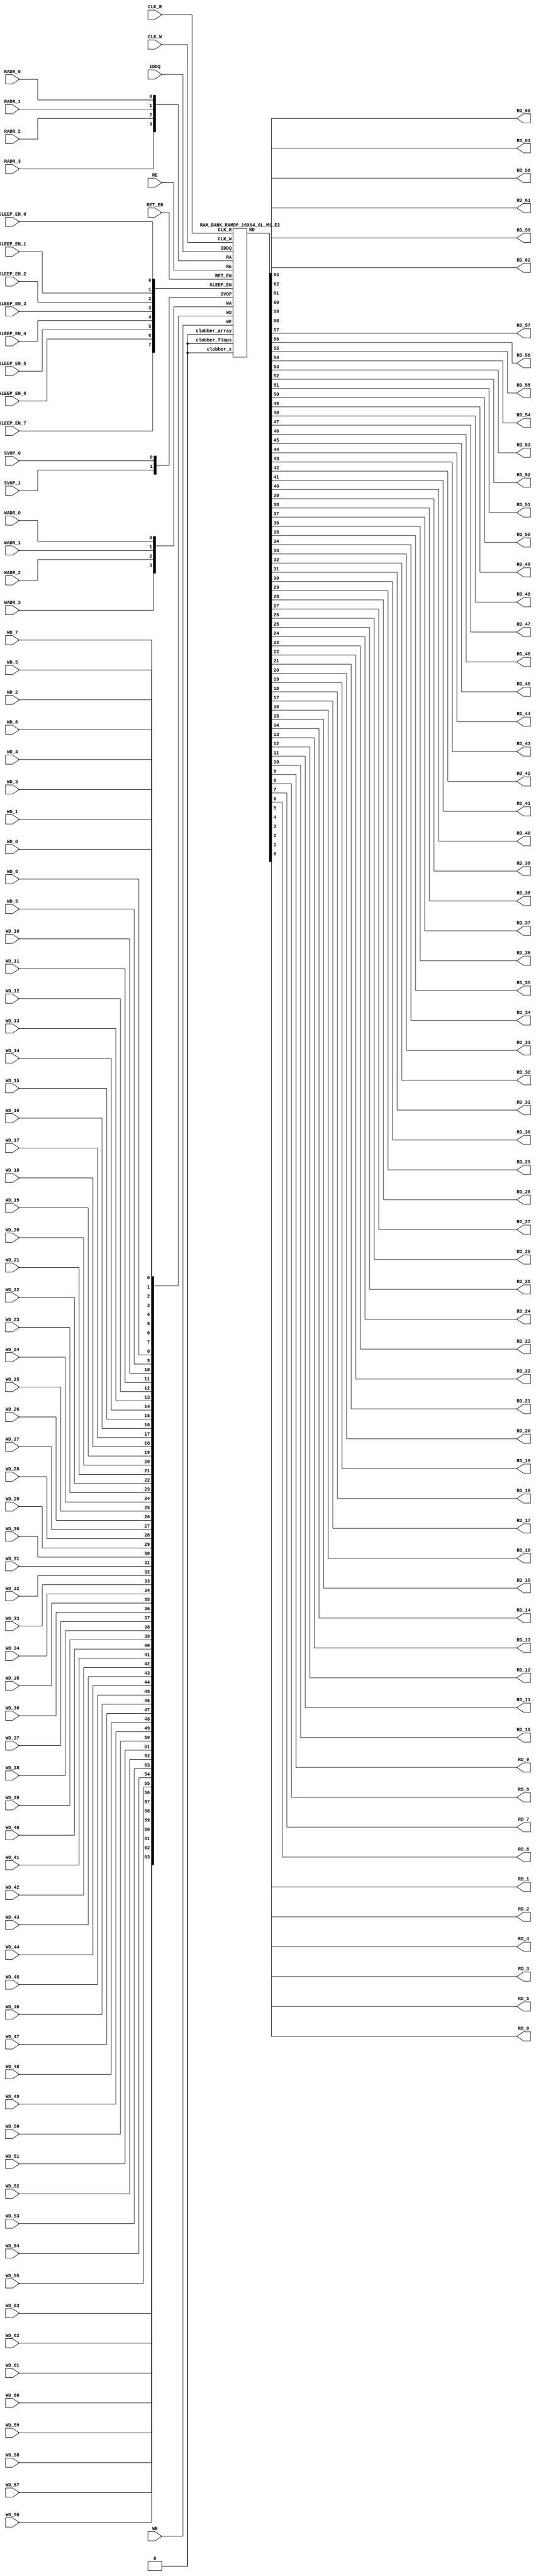
// ================================================================
// NVDLA Open Source Project
// 
// Copyright(c) 2016 - 2017 NVIDIA Corporation.  Licensed under the
// NVDLA Open Hardware License; Check "LICENSE" which comes with 
// this distribution for more information.
// ================================================================


`timescale 10ps/1ps
`celldefine
module RAMDP_16X64_GL_M1_E2 (CLK_R, CLK_W, RE, WE
	, RADR_3, RADR_2, RADR_1, RADR_0
    , WADR_3, WADR_2, WADR_1, WADR_0
	, WD_63, WD_62, WD_61, WD_60, WD_59, WD_58, WD_57, WD_56, WD_55, WD_54, WD_53, WD_52, WD_51, WD_50, WD_49, WD_48, WD_47, WD_46, WD_45, WD_44, WD_43, WD_42, WD_41, WD_40, WD_39, WD_38, WD_37, WD_36, WD_35, WD_34, WD_33, WD_32, WD_31, WD_30, WD_29, WD_28, WD_27, WD_26, WD_25, WD_24, WD_23, WD_22, WD_21, WD_20, WD_19, WD_18, WD_17, WD_16, WD_15, WD_14, WD_13, WD_12, WD_11, WD_10, WD_9, WD_8, WD_7, WD_6, WD_5, WD_4, WD_3, WD_2, WD_1, WD_0
	, RD_63, RD_62, RD_61, RD_60, RD_59, RD_58, RD_57, RD_56, RD_55, RD_54, RD_53, RD_52, RD_51, RD_50, RD_49, RD_48, RD_47, RD_46, RD_45, RD_44, RD_43, RD_42, RD_41, RD_40, RD_39, RD_38, RD_37, RD_36, RD_35, RD_34, RD_33, RD_32, RD_31, RD_30, RD_29, RD_28, RD_27, RD_26, RD_25, RD_24, RD_23, RD_22, RD_21, RD_20, RD_19, RD_18, RD_17, RD_16, RD_15, RD_14, RD_13, RD_12, RD_11, RD_10, RD_9, RD_8, RD_7, RD_6, RD_5, RD_4, RD_3, RD_2, RD_1, RD_0
    
    , IDDQ
	, SVOP_1, SVOP_0
    , SLEEP_EN_7, SLEEP_EN_6, SLEEP_EN_5, SLEEP_EN_4, SLEEP_EN_3, SLEEP_EN_2, SLEEP_EN_1, SLEEP_EN_0, RET_EN
    
);

// nvProps NoBus SLEEP_EN_

`ifndef RAM_INTERFACE
`ifndef EMULATION
`ifndef SYNTHESIS
// Physical ram size defined as localparam
localparam phy_rows = 16;
localparam phy_cols = 64;
localparam phy_rcols_pos = 64'b0;
`endif //ndef SYNTHESIS
`endif //EMULATION
`endif //ndef RAM_INTERFACE

input CLK_R, CLK_W, RE, WE
	, RADR_3, RADR_2, RADR_1, RADR_0
    , WADR_3, WADR_2, WADR_1, WADR_0
	, WD_63, WD_62, WD_61, WD_60, WD_59, WD_58, WD_57, WD_56, WD_55, WD_54, WD_53, WD_52, WD_51, WD_50, WD_49, WD_48, WD_47, WD_46, WD_45, WD_44, WD_43, WD_42, WD_41, WD_40, WD_39, WD_38, WD_37, WD_36, WD_35, WD_34, WD_33, WD_32, WD_31, WD_30, WD_29, WD_28, WD_27, WD_26, WD_25, WD_24, WD_23, WD_22, WD_21, WD_20, WD_19, WD_18, WD_17, WD_16, WD_15, WD_14, WD_13, WD_12, WD_11, WD_10, WD_9, WD_8, WD_7, WD_6, WD_5, WD_4, WD_3, WD_2, WD_1, WD_0
    
    , SLEEP_EN_7, SLEEP_EN_6, SLEEP_EN_5, SLEEP_EN_4, SLEEP_EN_3, SLEEP_EN_2, SLEEP_EN_1, SLEEP_EN_0, RET_EN
    , IDDQ
    
	, SVOP_1, SVOP_0;
output RD_63, RD_62, RD_61, RD_60, RD_59, RD_58, RD_57, RD_56, RD_55, RD_54, RD_53, RD_52, RD_51, RD_50, RD_49, RD_48, RD_47, RD_46, RD_45, RD_44, RD_43, RD_42, RD_41, RD_40, RD_39, RD_38, RD_37, RD_36, RD_35, RD_34, RD_33, RD_32, RD_31, RD_30, RD_29, RD_28, RD_27, RD_26, RD_25, RD_24, RD_23, RD_22, RD_21, RD_20, RD_19, RD_18, RD_17, RD_16, RD_15, RD_14, RD_13, RD_12, RD_11, RD_10, RD_9, RD_8, RD_7, RD_6, RD_5, RD_4, RD_3, RD_2, RD_1, RD_0;

	
`ifndef RAM_INTERFACE
	//assemble & rename wires
	wire [3:0] RA = {RADR_3, RADR_2, RADR_1, RADR_0};
	wire [3:0] WA = {WADR_3, WADR_2, WADR_1, WADR_0};
	wire [63:0] WD = {WD_63, WD_62, WD_61, WD_60, WD_59, WD_58, WD_57, WD_56, WD_55, WD_54, WD_53, WD_52, WD_51, WD_50, WD_49, WD_48, WD_47, WD_46, WD_45, WD_44, WD_43, WD_42, WD_41, WD_40, WD_39, WD_38, WD_37, WD_36, WD_35, WD_34, WD_33, WD_32, WD_31, WD_30, WD_29, WD_28, WD_27, WD_26, WD_25, WD_24, WD_23, WD_22, WD_21, WD_20, WD_19, WD_18, WD_17, WD_16, WD_15, WD_14, WD_13, WD_12, WD_11, WD_10, WD_9, WD_8, WD_7, WD_6, WD_5, WD_4, WD_3, WD_2, WD_1, WD_0};

	wire [63:0] RD;
	assign {RD_63, RD_62, RD_61, RD_60, RD_59, RD_58, RD_57, RD_56, RD_55, RD_54, RD_53, RD_52, RD_51, RD_50, RD_49, RD_48, RD_47, RD_46, RD_45, RD_44, RD_43, RD_42, RD_41, RD_40, RD_39, RD_38, RD_37, RD_36, RD_35, RD_34, RD_33, RD_32, RD_31, RD_30, RD_29, RD_28, RD_27, RD_26, RD_25, RD_24, RD_23, RD_22, RD_21, RD_20, RD_19, RD_18, RD_17, RD_16, RD_15, RD_14, RD_13, RD_12, RD_11, RD_10, RD_9, RD_8, RD_7, RD_6, RD_5, RD_4, RD_3, RD_2, RD_1, RD_0} = RD;
	wire [1:0] SVOP = {SVOP_1, SVOP_0};
    wire [7:0] SLEEP_EN = {SLEEP_EN_7, SLEEP_EN_6, SLEEP_EN_5, SLEEP_EN_4, SLEEP_EN_3, SLEEP_EN_2, SLEEP_EN_1, SLEEP_EN_0};
    

`ifndef EMULATION
`ifndef SYNTHESIS

    //State point clobering signals:
    wire check_x = (SVOP_0 ^ SVOP_1);
    wire clobber_x;
    assign clobber_x = ((check_x === 1'bx) || (check_x === 1'bz)) ? 1'b1 : 1'b0;
    wire clobber_array = ((|SLEEP_EN) & ~RET_EN) | clobber_x;
    wire clobber_flops = (|SLEEP_EN) | clobber_x;
    integer i;
    always  @(clobber_array) begin
      if (clobber_array) begin
    		for (i=0; i<16; i=i+1) begin
    		    ITOP.io.array[i] <= 64'bx;
    		end
      end
    end

//VCS coverage off     
    always  @(clobber_flops) begin
        if (clobber_flops) begin
        ITOP.we_lat <= 1'bx;
        ITOP.wa_lat <= 4'bx;
        ITOP.wd_lat <= 64'bx;
        
        ITOP.re_lat <= 1'bx;
        ITOP.ra_lat <= 4'bx;
        ITOP.io.r0_dout_tmp <= 64'b0;
        end
    end
//VCS coverage on    

//VCS coverage off
`ifdef NV_RAM_ASSERT
    //first reset signal for nv_assert_module:
    reg sim_reset;                                                     
    initial begin: init_sim_reset
        sim_reset = 0;  
        #6 sim_reset = 1;
    end

    reg rst_clk;                                                     
    initial begin: init_rst_clk
        rst_clk = 0; 
        #2 rst_clk = 1; 
        #4 rst_clk = 0;  
    end

    //internal weclk|reclk gating signal:
    wire weclk_gating = ITOP.we_lat & ~IDDQ;
    wire reclk_gating = ITOP.re_lat & ~IDDQ;

  //Assertion checks for power sequence of G-option RAMDP:

    //weclk_gating after 2 clk
    reg weclk_gating_1p, weclk_gating_2p;
    always @(posedge CLK_W) begin
        weclk_gating_1p <= weclk_gating;
        weclk_gating_2p <= weclk_gating_1p;
    end

    //reclk_gating after 2 clk
    reg reclk_gating_1p, reclk_gating_2p;
    always @(posedge CLK_R) begin
        reclk_gating_1p <= reclk_gating;
        reclk_gating_2p <= reclk_gating_1p;
    end
    
    //RET_EN off after 2 CLK_W
    reg ret_en_w_1p, ret_en_w_2p;
    always @(posedge CLK_W or posedge RET_EN) begin
        if(RET_EN) 
            begin
                ret_en_w_1p <= 1'b1;
                ret_en_w_2p <= 1'b1;
            end
        else
            begin
                ret_en_w_1p <= RET_EN;
                ret_en_w_2p <= ret_en_w_1p;
            end
    end

    //RET_EN off after 2 CLK_R
    reg ret_en_r_1p, ret_en_r_2p;
    always @(posedge CLK_R or posedge RET_EN) begin
        if(RET_EN) 
            begin
                ret_en_r_1p <= 1'b1;
                ret_en_r_2p <= 1'b1;
            end
        else
            begin
                ret_en_r_1p <= RET_EN;
                ret_en_r_2p <= ret_en_r_1p;
            end
    end

    wire sleep_en_or = (|SLEEP_EN) ;
    //SLEEP_EN off after 2 CLK_W
    reg sleep_en_off_w_1p, sleep_en_off_w_2p;
    always @(posedge CLK_W or posedge sleep_en_or) begin
        if(sleep_en_or)
            begin
                sleep_en_off_w_1p <= 1'b1;
                sleep_en_off_w_2p <= 1'b1;
            end
        else
            begin
                sleep_en_off_w_1p <= sleep_en_or;
                sleep_en_off_w_2p <= sleep_en_off_w_1p;
            end            
    end

    //SLEEP_EN off after 2 CLK_R
    reg sleep_en_off_r_1p, sleep_en_off_r_2p;
    always @(posedge CLK_R or posedge sleep_en_or) begin
        if(sleep_en_or)
            begin
                sleep_en_off_r_1p <= 1'b1;
                sleep_en_off_r_2p <= 1'b1;
            end
        else
            begin
                sleep_en_off_r_1p <= |sleep_en_or;
                sleep_en_off_r_2p <= sleep_en_off_r_1p;
            end            
    end    


  //#1 From function mode to retention mode:
    
    //Power-S1.1:illegal assert RET_EN after asserting SLEEP_EN 
    wire disable_power_assertion_S1P1 = $test$plusargs("disable_power_assertions_globally") | $test$plusargs("disable_power_assertion_assert_RET_EN_after_SLEEP_EN_on_when_function2retention");
    nv_assert_never #(0,0, "Power-S1.1:illegal assert RET_EN after asserting SLEEP_EN") inst_S1P1 (RET_EN ^ rst_clk, ~disable_power_assertion_S1P1 & sim_reset, (|SLEEP_EN));

    //Power-S1.2:illegal assert RET_EN without 2 nop-CLK
    wire disable_power_assertion_S1P2 = $test$plusargs("disable_power_assertions_globally") | $test$plusargs("disable_power_assertion_assert_RET_EN_without_2_nop_CLK");
    nv_assert_never #(0,0, "Power-S1.2:illegal assert RET_EN without 2 nop-CLK") inst_S1P2 (RET_EN ^ rst_clk, ~disable_power_assertion_S1P2 & sim_reset, weclk_gating | weclk_gating_1p | weclk_gating_2p | reclk_gating | reclk_gating_1p | reclk_gating_2p);

  //#2 From retention mode to function mode:

    //Power-S2.1:illegal write without 2 nop-CLK after de-asserting RET_EN
    wire disable_power_assertion_S2P1 = $test$plusargs("disable_power_assertions_globally") | $test$plusargs("disable_power_assertion_write_without_2_nop_CLK_after_retention2function");
    nv_assert_never #(0,0, "Power-S2.1:illegal write without 2 nop-CLK after de-asserting RET_EN") inst_S2P1 (CLK_W ^ rst_clk, ~disable_power_assertion_S2P1 & sim_reset, ~RET_EN & ret_en_w_2p & weclk_gating);

    //Power-S2.2:illegal read without 2 nop-CLK after de-asserting RET_EN
    wire disable_power_assertion_S2P2 = $test$plusargs("disable_power_assertions_globally") | $test$plusargs("disable_power_assertion_read_without_2_nop_CLK_after_retention2function");
    nv_assert_never #(0,0, "Power-S2.2:illegal read without 2 nop-CLK after de-asserting RET_EN") inst_S2P2 (CLK_R ^ rst_clk, ~disable_power_assertion_S2P2 & sim_reset, ~RET_EN & ret_en_r_2p & reclk_gating);

  //#3 From function mode to sleep mode:

    //Power-S3.2:illegal assert SLEEP_EN without 2 nop-CLK
    wire disable_power_assertion_S3P2 = $test$plusargs("disable_power_assertions_globally") | $test$plusargs("disable_power_assertion_assert_SLEEP_EN_without_2_nop_CLK");
    nv_assert_never #(0,0, "Power-S3.2:illegal assert SLEEP_EN without 2 nop-CLK") inst_S3P2 ((|SLEEP_EN) ^ rst_clk, ~disable_power_assertion_S3P2 & sim_reset, weclk_gating | weclk_gating_1p | weclk_gating_2p | reclk_gating | reclk_gating_1p | reclk_gating_2p);

  //#4 From sleep mode to function mode:

    //Power-S4.1:illegal write without 2 nop-CLK after switching from sleep mode to function mode
    wire disable_power_assertion_S4P1 = $test$plusargs("disable_power_assertions_globally") | $test$plusargs("disable_power_assertion_write_without_2_nop_CLK_after_sleep2function");
    nv_assert_never #(0,0, "Power-S4.1:illegal write without 2 nop-CLK after switching from sleep mode to function mode") inst_S4P1 (CLK_W ^ rst_clk, ~disable_power_assertion_S4P1 & sim_reset, ~(|SLEEP_EN) & sleep_en_off_w_2p & weclk_gating);
   
    //Power-S4.2:illegal read without 2 nop-CLK after switching from sleep mode to function mode
    wire disable_power_assertion_S4P2 = $test$plusargs("disable_power_assertions_globally") | $test$plusargs("disable_power_assertion_read_without_2_nop_after_sleep2function");
    nv_assert_never #(0,0, "Power-S4.2:illegal read without 2 nop-CLK after switching from sleep mode to function mode") inst_S4P2 (CLK_R ^ rst_clk, ~disable_power_assertion_S4P2 & sim_reset, ~(|SLEEP_EN) & sleep_en_off_r_2p & reclk_gating);
`endif //NV_RAM_ASSERT
//VCS coverage on 

`ifdef NV_RAM_EXPAND_ARRAY
  wire [64-1:0] Q_15 = ITOP.io.array[15];
  wire [64-1:0] Q_14 = ITOP.io.array[14];
  wire [64-1:0] Q_13 = ITOP.io.array[13];
  wire [64-1:0] Q_12 = ITOP.io.array[12];
  wire [64-1:0] Q_11 = ITOP.io.array[11];
  wire [64-1:0] Q_10 = ITOP.io.array[10];
  wire [64-1:0] Q_9 = ITOP.io.array[9];
  wire [64-1:0] Q_8 = ITOP.io.array[8];
  wire [64-1:0] Q_7 = ITOP.io.array[7];
  wire [64-1:0] Q_6 = ITOP.io.array[6];
  wire [64-1:0] Q_5 = ITOP.io.array[5];
  wire [64-1:0] Q_4 = ITOP.io.array[4];
  wire [64-1:0] Q_3 = ITOP.io.array[3];
  wire [64-1:0] Q_2 = ITOP.io.array[2];
  wire [64-1:0] Q_1 = ITOP.io.array[1];
  wire [64-1:0] Q_0 = ITOP.io.array[0];

`endif //def NV_RAM_EXPAND_ARRAY

//VCS coverage off
`ifdef MONITOR
task monitor_on;
    begin
        ITOP.io.monitor_on = 1'b1;
    end
endtask

task monitor_off;
    begin
        ITOP.io.monitor_on = 1'b0;
        ITOP.io.dump_monitor_result = 1'b1;
    end
endtask
`endif//def MONITOR
//VCS coverage on

//VCS coverage off
task mem_fill_value;
input fill_bit;
integer i;
begin
    for (i=0; i<16; i=i+1) begin
    	ITOP.io.array[i] = {64{fill_bit}};
    end
end
endtask 

task mem_fill_random; 
integer i;
integer j;
reg [63:0] val;
begin
    for (j=0; j<16; j=j+1) begin
        for (i=0; i<64; i=i+1) begin
            val[i] = {$random}; 
        end
	    ITOP.io.array[j] = val;
    end
end
endtask

task mem_write;
  input [3:0] addr;
  input [63:0] data;
  begin
     ITOP.io.mem_wr_raw(addr,data);
  end
endtask

function [63:0] mem_read;
  input [3:0] addr;
  begin
	mem_read = ITOP.io.mem_read_raw(addr);
  end
endfunction

task force_rd;
  input [3:0] addr;
  begin
	ITOP.io.r0_dout_tmp = ITOP.io.array[addr];
  end
endtask

`ifdef MEM_PHYS_INFO
task mem_phys_write;
  input [3:0] addr;
  input [63:0] data;
  begin
     ITOP.io.mem_wr_raw(addr,data);
  end
endtask

function [63:0] mem_phys_read_padr;
  input [3:0] addr;
  begin
	mem_phys_read_padr = ITOP.io.mem_read_raw(addr);
  end
endfunction

function [3:0] mem_log_to_phys_adr;
    input [3:0] addr;
    begin
    mem_log_to_phys_adr = addr;
    end
endfunction

function [63:0] mem_phys_read_pmasked;
  input [3:0] addr;
  begin
	mem_phys_read_pmasked = ITOP.io.mem_read_raw(addr);
  end
endfunction

function [63:0] mem_phys_read_ladr;
  input [3:0] addr;
  begin
	mem_phys_read_ladr = mem_phys_read_padr(mem_log_to_phys_adr(addr));
  end
endfunction
`endif //def MEM_PHYS_INFO

`ifdef FAULT_INJECTION
task mem_fault_no_write;
  input [63:0] fault_mask;
   begin
    ITOP.io.mem_fault_no_write(fault_mask);
  end
endtask

task mem_fault_stuck_0;
  input [63:0] fault_mask;
  integer i;
   begin
    ITOP.io.mem_fault_stuck_0(fault_mask);
   end
endtask

task mem_fault_stuck_1;
  input [63:0] fault_mask;
  integer i;
   begin
    ITOP.io.mem_fault_stuck_1(fault_mask);
  end
endtask

task set_bit_fault_stuck_0;
  input r;
  input c;
  integer r;
  integer c;
    ITOP.io.set_bit_fault_stuck_0(r,c);
endtask

task set_bit_fault_stuck_1;
  input r;
  input c;
  integer r;
  integer c;
    ITOP.io.set_bit_fault_stuck_1(r,c);
endtask

task clear_bit_fault_stuck_0;
  input r;
  input c;
  integer r;
  integer c;
    ITOP.io.clear_bit_fault_stuck_0(r,c);
endtask

task clear_bit_fault_stuck_1;
  input r;
  input c;
  integer r;
  integer c;
    ITOP.io.clear_bit_fault_stuck_1(r,c);
endtask
//VCS coverage on

`endif //def FAULT_INJECTION
`else //def SYNTHESIS
    
    wire clobber_x;
    assign clobber_x = 1'b0;
    wire clobber_array = 1'b0;
    wire clobber_flops = 1'b0;

`endif //ndef SYNTHESIS

	//instantiate memory bank
	RAM_BANK_RAMDP_16X64_GL_M1_E2 ITOP (
		.RE(RE), 
		.WE(WE), 
		.RA(RA),  
		.WA(WA), 
		.CLK_R(CLK_R), 
		.CLK_W(CLK_W), 
		.IDDQ(IDDQ), 
		.SVOP(SVOP), 
		.WD(WD), 
		.RD(RD),
		
		.SLEEP_EN(SLEEP_EN),
        .RET_EN(RET_EN),
        .clobber_flops(clobber_flops), 
        .clobber_array(clobber_array),
        .clobber_x(clobber_x)     	
	);

//VCS coverage off
`else //def EMULATION
    // Simple emulation model without MBIST, SCAN or REDUNDANCY
    	//common part for write
    	reg we_ff;
        reg [3:0] wa_ff;
        reg [63:0] wd_ff; 
    	always @(posedge CLK_W) begin // spyglass disable W391
                we_ff  <= WE;
                wa_ff <= WA;
                wd_ff <= WD;
    	end
    	   
        

    	//common part for read
    	reg re_lat;
        always @(*) begin
    		if (!CLK_R) begin
                re_lat  <= RE; // spyglass disable W18
    		end
    	end
    	
    	wire reclk = CLK_R & re_lat;
    
    	reg [3:0] ra_ff;
    	always @(posedge CLK_R) begin // spyglass disable W391
    			ra_ff <= RA;
    	end

        reg [63:0] dout; 

        assign RD = dout;
    
 	    //memory array       
	    reg [63:0] array[0:15]; 
	    always @(negedge CLK_W ) begin
            if (we_ff) begin
	    		array[wa_ff] <= wd_ff; // spyglass disable SYNTH_5130
            end
	    end
	    always @(*) begin
	    	if (reclk) begin
	    		dout <= array[ra_ff]; // spyglass disable SYNTH_5130, W18
	    	end
	    end
    // End of the simple emulation model
`endif //def EMULATION
//VCS coverage on

`endif //ndef RAM_INTERFACE
endmodule
`endcelldefine






/////////////////////////////////////////////////////////////////////////////////////////////////////////////////////////////////
/////////////////////////////// memory bank block : defines internal logic of the RAMDP /////////////////////////////////////////
/////////////////////////////////////////////////////////////////////////////////////////////////////////////////////////////////

`ifndef RAM_INTERFACE
`ifndef EMULATION
module RAM_BANK_RAMDP_16X64_GL_M1_E2 (RE, WE, RA, WA, CLK_R, CLK_W, IDDQ, SVOP, WD, RD, SLEEP_EN, RET_EN, clobber_flops, clobber_array, clobber_x
);


input RET_EN;
input RE, WE, CLK_R, CLK_W, IDDQ;
input [3:0] RA, WA;
input [63:0] WD;
input [1:0] SVOP;
input [7:0] SLEEP_EN;
input clobber_flops, clobber_array, clobber_x;
output [63:0] RD;

//State point clobering signals:

    wire output_valid = ~(clobber_x | (|SLEEP_EN));
    wire clamp_o = SLEEP_EN[7] | RET_EN;

	//common part for write
    wire clk_w_iddq = CLK_W & ~IDDQ & ~clamp_o;
	reg we_lat;
	always @(*) begin
		if (!clk_w_iddq & !clobber_flops) begin
			we_lat  <=  WE; // spyglass disable W18, IntClock
		end
	end

    // weclk with posedge 1 dly | negedge 2 dly	
    wire weclk, weclk_d0, weclk_d1, weclk_d2;
    assign weclk_d0 = clk_w_iddq & we_lat & ~clobber_flops & ~clobber_array;
    assign #1 weclk_d1 = weclk_d0;
    assign #1 weclk_d2 = weclk_d1;
    assign weclk = weclk_d1 | weclk_d2; // spyglass disable GatedClock

    // wadclk with posedge 0 dly | negedge 3 dly	
    wire wadclk, wadclk_d0, wadclk_d1, wadclk_d2, wadclk_d3;
    assign wadclk_d0 = clk_w_iddq & we_lat;
    assign #1 wadclk_d1 = wadclk_d0;
    assign #1 wadclk_d2 = wadclk_d1;
    assign #1 wadclk_d3 = wadclk_d2;
    assign wadclk = wadclk_d0 | wadclk_d1 | wadclk_d2 | wadclk_d3;  

    // wdclk with posedge 0 dly | negedge 3 dly
    wire wdclk, wdclk_d0, wdclk_d1, wdclk_d2, wdclk_d3;
    assign wdclk_d0 = clk_w_iddq & we_lat;
    assign #1 wdclk_d1 = wdclk_d0;
    assign #1 wdclk_d2 = wdclk_d1;
    assign #1 wdclk_d3 = wdclk_d2;
    assign wdclk = wdclk_d0 | wdclk_d1 | wdclk_d2 | wdclk_d3;  

    reg [3:0] wa_lat;
	always @(*) begin
		if (!wadclk & !clobber_flops) begin
			wa_lat  <=  WA; // spyglass disable W18, IntClock
		end
	end

	reg [63:0] wd_lat;
	always @(*) begin
		if (!wdclk & !clobber_flops) begin
			wd_lat  <= WD; // spyglass disable W18, IntClock
		end
	end

	//common part for read
	reg re_lat;
	always @(*) begin
		if (!CLK_R & !clobber_flops) begin
			re_lat <=  RE; // spyglass disable W18, IntClock
		end
	end

    // reclk with posedge 1 dly | negedge 0 dly
    wire reclk, reclk_d0, reclk_d1;
    assign reclk_d0 = CLK_R & ~IDDQ & re_lat & ~clamp_o;
    assign #1 reclk_d1 = reclk_d0;
    assign reclk = reclk_d0 & reclk_d1; // spyglass disable GatedClock

    // radclk with posedge 0 dly | negedge 1 dly
    wire radclk, radclk_d0, radclk_d1;
    assign radclk_d0 = CLK_R & ~IDDQ & re_lat & ~clamp_o;
    assign #1 radclk_d1 = radclk_d0;
    assign radclk = radclk_d0 | radclk_d1;  

	reg [3:0] ra_lat;
	always @(*) begin
		if (!radclk & !clobber_flops) begin
			ra_lat <=  RA; // spyglass disable W18, IntClock
		end
	end
	
	wire [63:0] dout;
	assign RD = clamp_o ? 64'b0 : (output_valid ? dout : 64'bx); //spyglass disable STARC-2.10.1.6


	//for E-option RAM


	vram_RAMDP_16X64_GL_M1_E2 # (16, 64, 4) io (
		.w0_addr(wa_lat),
		.w0_clk(weclk),
		.w0_bwe({64{1'b1}}),
		.w0_din(wd_lat),
		.r0_addr(ra_lat),
		.r0_clk(reclk),
		.r0_dout(dout),
        .clamp_o(clamp_o)
	);

endmodule
`endif //ndef EMULATION
`endif //ndef RAM_INTERFACE








/////////////////////////////////////////////////////////////////////////////////////////////////////////////////////////////////
///////////////////////////////  ram primitive : defines 2D behavioral memory array of the RAMDP ////////////////////////////////
/////////////////////////////////////////////////////////////////////////////////////////////////////////////////////////////////

`ifndef RAM_INTERFACE
`ifndef EMULATION
module vram_RAMDP_16X64_GL_M1_E2 (
	w0_addr,
	w0_clk,
	w0_bwe,
	w0_din,
	r0_addr,
	r0_clk,
	r0_dout,
    clamp_o
);

parameter words = 16;
parameter bits = 64;
parameter addrs = 4;


input [addrs-1:0] w0_addr;
input w0_clk;
input [bits-1:0] w0_din;
input [bits-1:0] w0_bwe;
input [addrs-1:0] r0_addr;
input r0_clk;
input clamp_o;
output [bits-1:0] r0_dout;

integer a;

`ifndef SYNTHESIS
`ifdef FAULT_INJECTION
	// regs for inducing faults
	reg [bits-1:0] fault_no_write; // block writes to this column
	reg [bits-1:0] fault_stuck_0;  // column always reads as 0
	reg [bits-1:0] fault_stuck_1;  // column always reads as 1
	reg [bits-1:0] bit_fault_stuck_0[0:words-1];  // column always reads as 0
	reg [bits-1:0] bit_fault_stuck_1[0:words-1];  // column always reads as 1
	
	initial begin : init_bit_fault_stuck
	  integer i;
	  integer j;
	  fault_no_write = {bits{1'b0}};
	  fault_stuck_0  = {bits{1'b0}};
	  fault_stuck_1  = {bits{1'b0}};
	  for (i=0; i<=words; i=i+1) begin
	      bit_fault_stuck_0[i] = {bits{1'b0}};
	      bit_fault_stuck_1[i] = {bits{1'b0}};
	  end
	end
`endif //def FAULT_INJECTION

`ifdef MONITOR
//VCS coverage off
// monitor variables
reg monitor_on;
reg dump_monitor_result;
// this monitors coverage including redundancy cols
// 1'bx = not accessed
// 1'b0 = accessed as a 0
// 1'b1 = accessed as a 1
// 1'bz = accessed as both 0 and 1
reg [bits-1:0] bit_written[0:words-1];
reg [bits-1:0] bit_read[0:words-1];

initial begin : init_monitor
  monitor_on = 1'b0; 
  dump_monitor_result = 1'b0;
  for(a=0;a<words;a=a+1) begin
      bit_written[a] = {bits{1'bx}};
      bit_read[a] = {bits{1'bx}};
  end
end

always @(dump_monitor_result) begin : dump_monitor
    integer r;
	integer c;
    integer b;
	reg [64-1:0] tmp_row;
    	if (dump_monitor_result == 1'b1) begin
		    $display("Exercised coverage summary:");
		    $display("\t%m bits not written as 0:");
		    for (r=0; r<16; r=r+1) begin
		        tmp_row = bit_written[r];
		    	for (c=0; c<64; c=c+1) begin
		    		if (tmp_row[c] !== 1'b0 && tmp_row[c] !== 1'bz) $display("\t\t[row,col] [%d,%d]", r, c);
		    	end
		    end
            $display("\t%m bits not written as 1:");
		    for (r=0; r<16; r=r+1) begin
		        tmp_row = bit_written[r];
		    	for (c=0; c<64; c=c+1) begin
		    		if (tmp_row[c] !== 1'b1 && tmp_row[c] !== 1'bz) $display("\t\t[row,col] [%d,%d]", r, c);
		    	end
		    end
		    $display("\t%m bits not read as 0:");
		    for (r=0; r<16; r=r+1) begin
		        tmp_row = bit_read[r];
		    	for (c=0; c<64; c=c+1) begin
		    		if (tmp_row[c] !== 1'b0 && tmp_row[c] !== 1'bz) $display("\t\t[row,col] [%d,%d]", r, c);
		    	end
		    end
		    $display("\t%m bits not read as 1:");
		    for (r=0; r<16; r=r+1) begin
		        tmp_row = bit_read[r];
		    	for (c=0; c<64; c=c+1) begin
		    		if (tmp_row[c] !== 1'b1 && tmp_row[c] !== 1'bz) $display("\t\t[row,col] [%d,%d]", r, c);
		    	end
		    end
        end
	dump_monitor_result = 1'b0;
end
//VCS coverage on
`endif //MONITOR
`endif //ndef SYNTHESIS
	
	//memory array
	reg [bits-1:0] array[0:words-1];  

// Bit write enable
`ifndef SYNTHESIS 
    `ifdef FAULT_INJECTION
        wire [bits-1:0] bwe_with_fault = w0_bwe & ~fault_no_write;
        wire [bits-1:0] re_with_fault = ~(bit_fault_stuck_1[r0_addr] | bit_fault_stuck_0[r0_addr]);
    `else
        wire [bits-1:0] bwe_with_fault = w0_bwe;
        wire [bits-1:0] re_with_fault = {bits{1'b1}};
    `endif //def FAULT_INJECTION
`else
    wire [bits-1:0] bwe_with_fault = w0_bwe;
`endif //SYNTHESIS

	//write function
    wire [bits-1:0] bitclk = {bits{w0_clk}} & bwe_with_fault;
    genvar idx;
    generate
        for (idx=0; idx<bits; idx=idx+1)
        begin : write
            always @(bitclk[idx] or w0_clk or w0_addr or w0_din[idx])
            begin
                if (bitclk[idx] && w0_clk)
                begin
                    array[w0_addr][idx] <= w0_din[idx]; // spyglass disable SYNTH_5130, W18
                    `ifndef SYNTHESIS
                    `ifdef MONITOR
//VCS coverage off
                    if (monitor_on) begin 
	    				case (bit_written[w0_addr][idx])
	    				    1'bx: bit_written[w0_addr][idx] = w0_din[idx];
	    				    1'b0: bit_written[w0_addr][idx] = w0_din[idx] == 1 ? 1'bz : 1'b0;
	    				    1'b1: bit_written[w0_addr][idx] = w0_din[idx] == 0 ? 1'bz : 1'b1;
	    				    1'bz: bit_written[w0_addr][idx] = 1'bz;
	    				endcase
                    end   
//VCS coverage on
                    `endif //MONITOR	    
                    `endif //SYNTHESIS	
                end
            end
        end
    endgenerate

	//read function
	wire [bits-1:0] r0_arr;
`ifndef SYNTHESIS
    `ifdef FAULT_INJECTION
	    assign r0_arr = (array[r0_addr] | bit_fault_stuck_1[r0_addr]) & ~bit_fault_stuck_0[r0_addr]; //read fault injection
    `else
	    assign r0_arr = array[r0_addr]; 
    `endif //def FAULT_INJECTION
`else
    assign r0_arr = array[r0_addr]; // spyglass disable SYNTH_5130
`endif //def SYNTHESIS


    wire r0_clk_d0p1, r0_clk_read, r0_clk_reset_collision;
    assign #0.1 r0_clk_d0p1 = r0_clk;
    assign r0_clk_read = r0_clk_d0p1 & r0_clk; // spyglass disable GatedClock
    assign r0_clk_reset_collision = r0_clk | r0_clk_d0p1; // spyglass disable W402b

`ifndef SYNTHESIS
`ifdef MONITOR
//VCS coverage off 
    always @(r0_clk_read) begin
        if (monitor_on) begin
            for (a=0; a<bits; a=a+1) begin
	            if (re_with_fault[a] && r0_clk_read) begin
	                case (bit_read[r0_addr][a])
			            1'bx: bit_read[r0_addr][a] = array[r0_addr][a];
				        1'b0: bit_read[r0_addr][a] = array[r0_addr][a] == 1 ? 1'bz : 1'b0;
				        1'b1: bit_read[r0_addr][a] = array[r0_addr][a] == 0 ? 1'bz : 1'b1;
				        1'bz: bit_read[r0_addr][a] = 1'bz;
		            endcase
	            end
	        end
        end
    end
//VCS coverage on
`endif //MONITOR
`endif //SYNTHESIS

	reg [bits-1:0] collision_ff;
    wire [bits-1:0] collision_ff_clk =  {bits{w0_clk}} & {bits{r0_clk_read}} & {bits{r0_addr==w0_addr}} & bwe_with_fault; //spyglass disable GatedClock
    genvar bw;
    generate
        for (bw=0; bw<bits; bw=bw+1) 
        begin : collision
	        always @(posedge collision_ff_clk[bw] or negedge r0_clk_reset_collision) begin
                if (!r0_clk_reset_collision) 
                    begin
                        collision_ff[bw] <= 1'b0;
                    end
                else
                    begin
                        collision_ff[bw] <= 1'b1;
                    end
            end
        end
    endgenerate

	reg [bits-1:0] r0_dout_tmp;
	always @(*)
	begin
	    if (r0_clk_read) begin
            for (a=0; a<bits; a=a+1) begin
                r0_dout_tmp[a] <= ( collision_ff[a] | (r0_addr==w0_addr & w0_clk & bwe_with_fault[a]) ) ? 1'bx : r0_arr[a] & ~clamp_o; //spyglass disable STARC-2.10.1.6, W18
            end
        end
    end
    wire [bits-1:0] r0_dout = r0_dout_tmp & {bits{~clamp_o}};

`ifndef SYNTHESIS
//VCS coverage off
task mem_wr_raw;
  input [addrs-1:0] addr;
  input [bits-1:0] data;
  begin
    array[addr] = data;
  end
endtask

function [bits-1:0] mem_read_raw;
input [addrs-1:0] addr;
	mem_read_raw = array[addr];
endfunction

`ifdef FAULT_INJECTION
// induce faults on columns
task mem_fault_no_write;
  input [bits-1:0] fault_mask;
   begin
    fault_no_write = fault_mask;
  end
endtask

task mem_fault_stuck_0;
  input [bits-1:0] fault_mask;
  integer i;
   begin
    for ( i=0; i<words; i=i+1 ) begin
      bit_fault_stuck_0[i] = fault_mask;
    end
  end
endtask

task mem_fault_stuck_1;
  input [bits-1:0] fault_mask;
  integer i;
   begin
    for ( i=0; i<words; i=i+1 ) begin
      bit_fault_stuck_1[i] = fault_mask;
    end
  end
endtask

task set_bit_fault_stuck_0;
  input r;
  input c;
  integer r;
  integer c;
  bit_fault_stuck_0[r][c] = 1;
endtask

task set_bit_fault_stuck_1;
  input r;
  input c;
  integer r;
  integer c;
  bit_fault_stuck_1[r][c] = 1;
endtask

task clear_bit_fault_stuck_0;
  input r;
  input c;
  integer r;
  integer c;
  bit_fault_stuck_0[r][c] = 0;
endtask

task clear_bit_fault_stuck_1;
  input r;
  input c;
  integer r;
  integer c;
  bit_fault_stuck_1[r][c] = 0;
endtask
//VCS coverage on
`endif //def FAULT_INJECTION
`endif //ndef SYNTHESIS

endmodule
`endif //ndef EMULATION
`endif //ndef RAM_INTERFACE